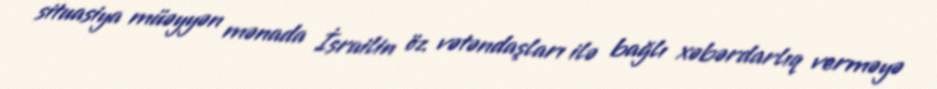
situasiya müəyyən mənada İsrailin öz vətəndaşları ilə bağlı xəbərdarlıq verməyə